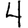
Digit: 4